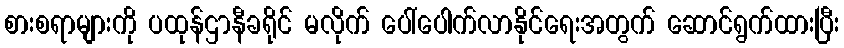
စားစရာများကို ပထုန်ဌာနီခရိုင် မလိုက် ပေါ်ပေါက်လာနိုင်ရေးအတွက် ဆောင်ရွက်ထားပြီး